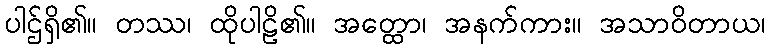
ပါဌ်ရှိ၏။ တဿ၊ ထိုပါဠိ၏။ အတ္ထော၊ အနက်ကား။ အသာဝိတာယ၊